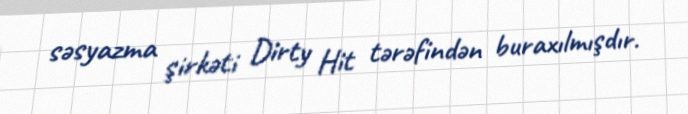
səsyazma şirkəti Dirty Hit tərəfindən buraxılmışdır.